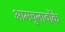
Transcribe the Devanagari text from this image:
आमचुनावोंके